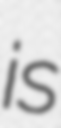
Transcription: is